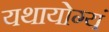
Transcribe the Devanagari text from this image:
यथायोग्यं